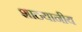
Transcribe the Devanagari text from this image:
शाठयानीय